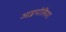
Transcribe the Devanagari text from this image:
आइपोमिया